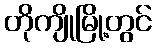
တိုကျိုမြို့တွင်